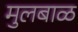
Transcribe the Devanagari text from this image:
मुलबाळ